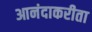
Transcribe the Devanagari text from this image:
आनंदाकरीता